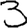
Digit: 3